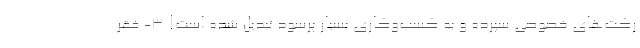
رکت‌های خصوصی سپرده و به کسب‌وکاری بسیار پرسود تبدیل شده است! ۳- فقر